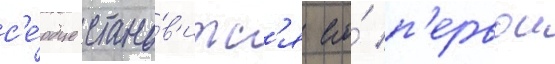
с'е́рдце стано́в'итс'я его́ п'ервои